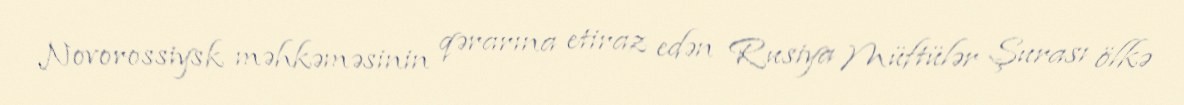
Novorossiysk məhkəməsinin qərarına etiraz edən Rusiya Müftülər Şurası ölkə